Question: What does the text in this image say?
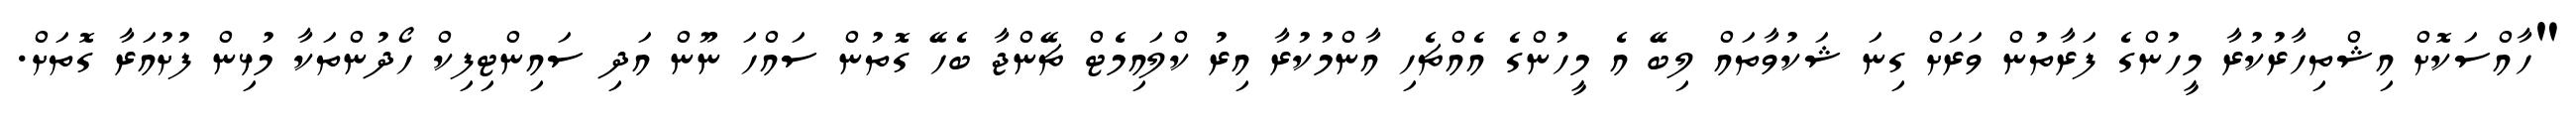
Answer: "ހާއްސަކޮށް އިޝްތިހާރުކުރާ މީހުންގެ ފަރާތުން ވަރަށް ގިނަ ޝަކުވާތައް ލިބޭ އެ މީހުންގެ އެއްޗެހި އާންމުކުރާ އިރު ކްލައިމެޓް ޗޭންޖާ ބެހޭ ގޮތުން ސައްހަ ނޫން އަދި ސައިންޓިފިކް ހޯދުންތަކާ މުޅިން ފުށުއަރާ ގޮތަށް.